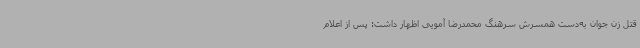
قتل زن جوان به‌دست همسرش سرهنگ محمدرضا آمویی اظهار داشت: پس از اعلام